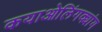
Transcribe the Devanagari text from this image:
कयाओलिंगक्यांग